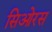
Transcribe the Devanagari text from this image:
सिओरस